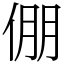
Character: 倗